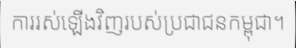
ការរស់ឡើងវិញរបស់ប្រជាជនកម្ពុជា។